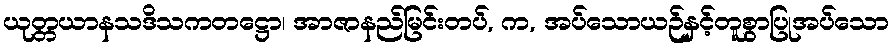
ယုတ္တယာနသဒိသကတဋ္ဌော၊ အာဇာနည်မြင်းတပ်, က, အပ်သောယဉ်နှင့်တူစွာပြုအပ်သော